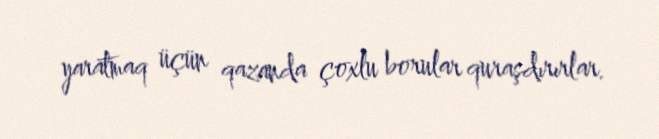
yaratmaq üçün qazanda çoxlu borular quraşdırırlar.